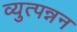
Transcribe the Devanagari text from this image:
व्युत्पन्नन